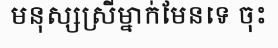
មនុស្សស្រីម្នាក់មែនទេ ចុះ